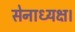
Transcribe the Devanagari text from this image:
सेनाध्यक्ष।